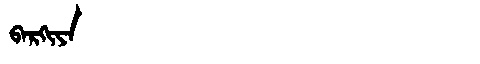
Manchu: ᠪᠠᡵᡴᡳᠶᠠ
Romanization: BARKIYA